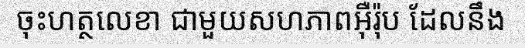
ចុះហត្ថលេខា ជាមួយសហភាពអ៊ឺរ៉ុប ដែលនឹង